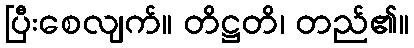
ပြီးစေလျက်။ တိဋ္ဌတိ၊ တည်၏။